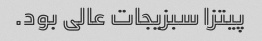
پیتزا سبزیجات عالی بود.